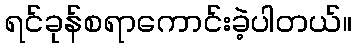
ရင်ခုန်စရာကောင်းခဲ့ပါတယ်။